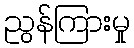
ညွန်ကြားမှု